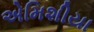
એમિશીયા